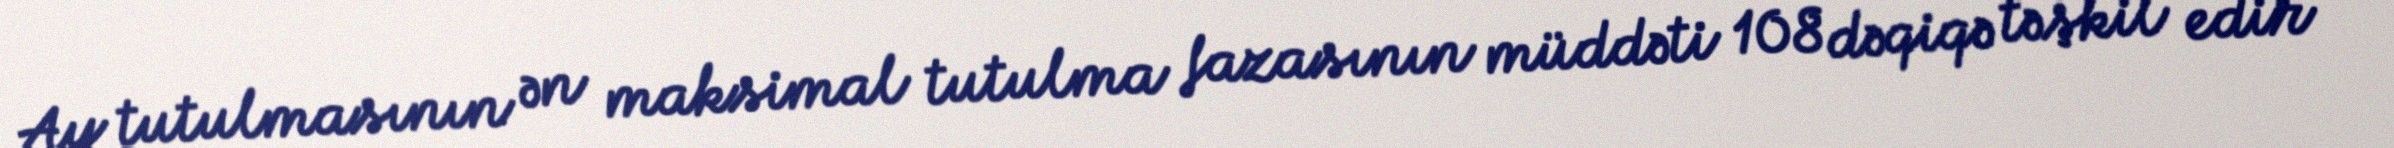
Ay tutulmasının ən maksimal tutulma fazasının müddəti 108 dəqiqə təşkil edir